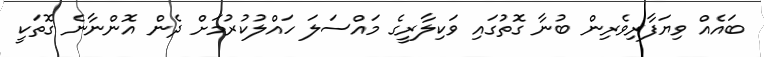
ބައެއް ވިޔަފާރިވެރިން ބުނާ ގޮތުގައި ވަކިލާރީގެ މައްސަލަ ހައްލުކުރުމަށް ދެން އޮންނާނެ ގޮތަކީ